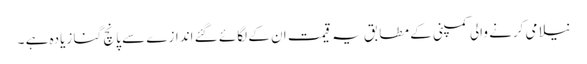
نیلامی کرنے والی کمپنی کے مطابق یہ قیمت ان کے لگائے گئے اندازے سے پانچ گنا زیادہ ہے ۔